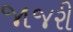
જાજરી